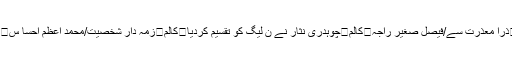
....رومانہ جہانگیر کالم	ذرا معذرت سے/فیصل صغیر راجہ	کالم	چوہدری نثار نے ن لیگ کو تقسیم کردیا	کالم	زمہ دار شخصیت/محمد اعظم احسا س	کالم	نجی تعلیمی ادارے۔